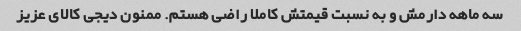
سه ماهه دارمش و به نسبت قیمتش کاملا راضی هستم. ممنون دیجی کالای عزیز